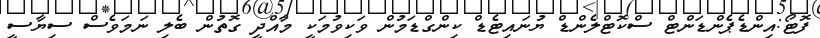
ފޮޓޯ:އިންޑެޕެންޑަންޓް ސްކޮޓްލެންޑް ޔުނައިޓެޑް ކިންގްޑަމުން ވަކިވުމަކީ މާއްދީ ގޮތުން ބެލި ނަމަވެސް ސިޔާސީ